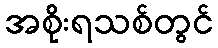
အစိုးရသစ်တွင်